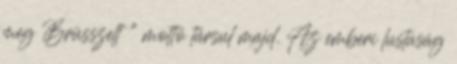
meg Brüsszelt " mottó társul majd. Az emberi lustaság